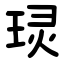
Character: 㻏